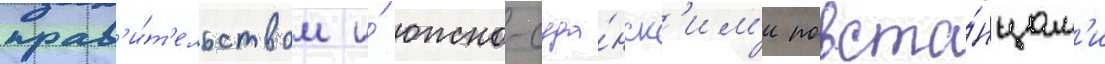
прав'и́т'ельством и́ южно-суда́нск'им'и повста́нцам'и